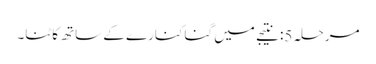
مرحلہ 5: نتیجے میں گنا کنارے کے ساتھ کاٹنا۔